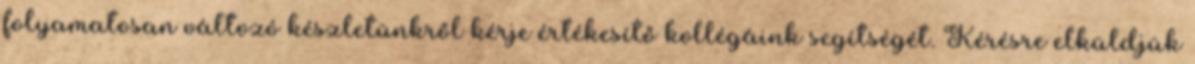
folyamatosan változó készletünkről kérje értékesítő kollégáink segítségét. Kérésre elküldjük